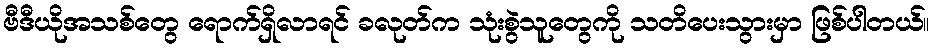
ဗီဒီယိုအသစ်တွေ ရောက်ရှိလာရင် ခလုတ်က သုံးစွဲသူတွေကို သတိပေးသွားမှာ ဖြစ်ပါတယ်။